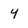
Character: y